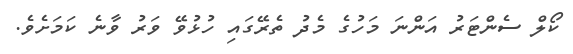
ކޯލް ސެންޓަރު އަންނަ މަހުގެ މެދު ތެރޭގައި ހުޅުވޭ ވަރު ވާނެ ކަމަށެވެ.